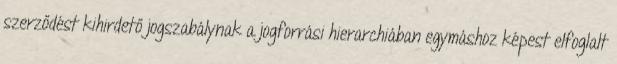
szerződést kihirdető jogszabálynak a jogforrási hierarchiában egymáshoz képest elfoglalt